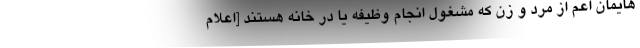
هایمان اعم از مرد و زن که مشغول انجام وظیفه یا در خانه هستند [اعلام